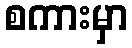
စကားမှာ